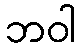
ဘဝါ